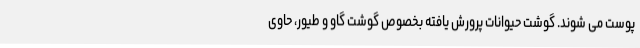
پوست می شوند. گوشت حیوانات پرورش یافته بخصوص گوشت گاو و طیور، حاوی